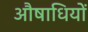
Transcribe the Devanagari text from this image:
औषाधियों